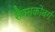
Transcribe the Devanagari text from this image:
सैक्सकोबर्ग